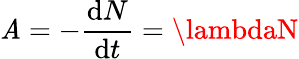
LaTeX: \mathit{A}=-{\frac{{\mathrm{{d}}N}}{{\mathrm{{d}}t}}}=\lambdaN